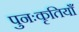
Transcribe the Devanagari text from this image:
पुनःकृतियाँ